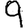
Digit: 9